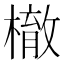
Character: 㯙